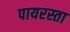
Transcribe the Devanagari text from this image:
पायरस्ता